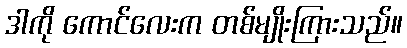
ဒါကို ကောင်လေးက တစ်မျိုးကြားသည်။